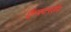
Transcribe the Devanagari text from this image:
ऍम्स्टरडॅम